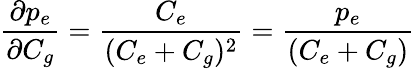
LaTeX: \frac{\partial p_{e}}{\partial C_{g}}=\frac{C_{e}}{(C_{e}+C_{g})^{2}}=\frac{p_{e}}{(C_{e}+C_{g})}